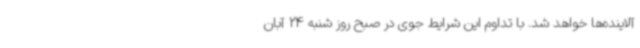
آلاینده‌ها خواهد شد. با تداوم این شرایط جوی در صبح روز شنبه 24 آبان